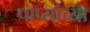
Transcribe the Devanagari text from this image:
पाप्यांच्या